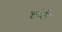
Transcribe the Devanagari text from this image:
शोर्क